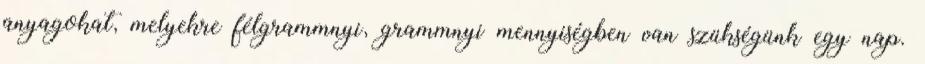
anyagokat, melyekre félgrammnyi, grammnyi mennyiségben van szükségünk egy nap.